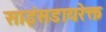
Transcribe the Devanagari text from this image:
साइंसडायरेक्त